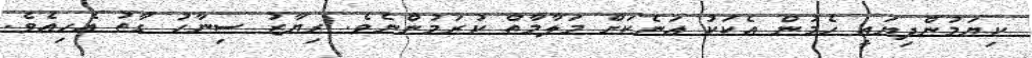
ކިޔަމުންދިޔައީ ހެމުން އެކަކު އަނެކަށް މަލާމާތް ކުރަމުންނެވެ. ރިޔާޒު ސިނާހު ގާތު އެހިއެވެ.